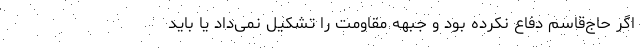
اگر حاج‌قاسم دفاع نکرده بود و جبهه مقاومت را تشکیل نمی‌داد یا باید